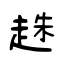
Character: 趎